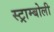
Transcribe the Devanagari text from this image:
स्ट्राम्बोली